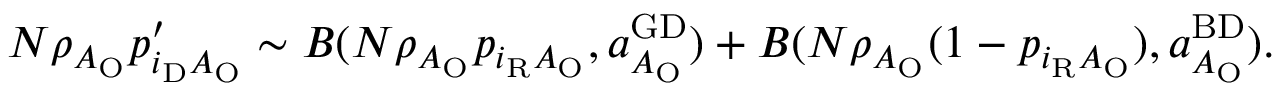
\begin{array} { r l } & { N \rho _ { A _ { \mathrm { O } } } p _ { i _ { \mathrm { D } } A _ { \mathrm { O } } } ^ { \prime } \sim { \cal B } ( N \rho _ { A _ { \mathrm { O } } } p _ { i _ { \mathrm { R } } A _ { \mathrm { O } } } , a _ { A _ { \mathrm { O } } } ^ { \mathrm { G D } } ) + { \cal B } ( N \rho _ { A _ { \mathrm { O } } } ( 1 - p _ { i _ { \mathrm { R } } A _ { \mathrm { O } } } ) , a _ { A _ { \mathrm { O } } } ^ { \mathrm { B D } } ) . } \end{array}